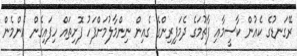
ރޭގަނޑުގެ ކެއުން ކާސީމާއި ފާތުމަގެ ދެމަފިރިންގެ ގެއިން ނިންމާލުމަށްފަހު ފޮށިތައް ހިފައިގެން އެންމެން